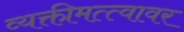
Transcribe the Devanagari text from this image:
व्यक्तीमत्त्वावर